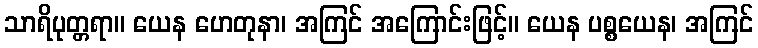
သာရိပုတ္တရာ။ ယေန ဟေတုနာ၊ အကြင် အကြောင်းဖြင့်။ ယေန ပစ္စယေန၊ အကြင်